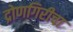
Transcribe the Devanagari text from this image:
द्रोणगिरीचा